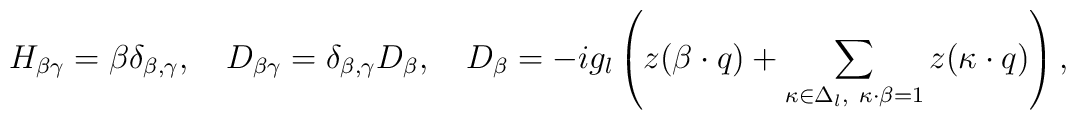
H_{\beta \gamma}=\beta \delta_{\beta, \gamma},\quad    D_{\beta \gamma}= \delta_{\beta, \gamma}D_{\beta},\quad    D_{\beta}=-ig_l\left(z(\beta\cdot q)    +\sum_{\kappa\in\Delta_l,\    \kappa\cdot\beta=1}z(\kappa\cdot q)\right),